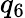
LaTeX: q_{6}